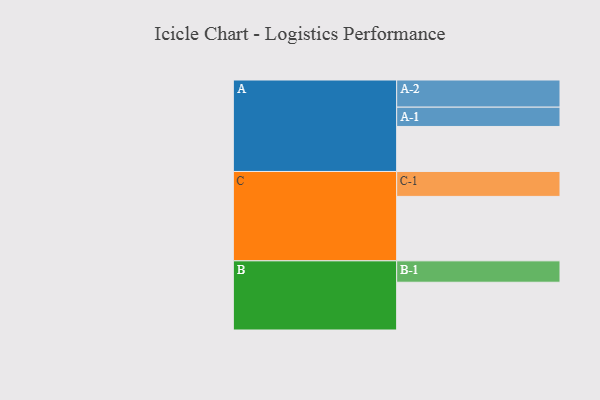
{"axis": {"x": "Segment", "y": "Value"}, "legend": ["", "A", "B", "C"], "data": [{"x": "A", "y": 343, "type": ""}, {"x": "B", "y": 364, "type": ""}, {"x": "C", "y": 491, "type": ""}, {"x": "A-1", "y": 147, "type": "A"}, {"x": "A-2", "y": 207, "type": "A"}, {"x": "B-1", "y": 163, "type": "B"}, {"x": "C-1", "y": 190, "type": "C"}]}